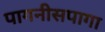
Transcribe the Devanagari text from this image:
पागनीसपागा